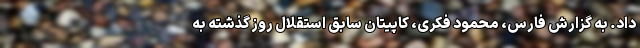
داد. به گزارش فارس، محمود فکری، کاپیتان سابق استقلال روز گذشته به